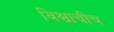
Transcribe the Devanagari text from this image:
विश्वाचीच